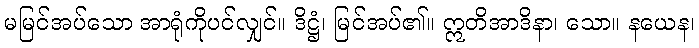
မမြင်အပ်သော အာရုံကိုပင်လျှင်။ ဒိဋ္ဌံ၊ မြင်အပ်၏။ ဣတိအာဒိနာ၊ သော။ နယေန၊